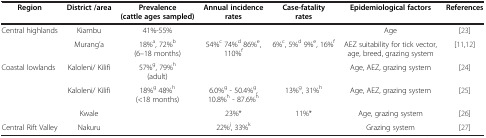
<table><thead><tr><td><b>Region</b></td><td><b>District /area</b></td><td><b>Prevalence (cattle ages sampled)</b></td><td><b>Annual incidence rates</b></td><td><b>Case-fatality rates</b></td><td><b>Epidemiological factors</b></td><td><b>References</b></td></tr></thead><tbody><tr><td>Central highlands</td><td>Kiambu</td><td>41%-55%</td><td> </td><td> </td><td>Age</td><td>[23]</td></tr><tr><td> </td><td>Murang’a</td><td>18%<sup>a</sup>, 72%<sup>b</sup> (6–18 months)</td><td>54%<sup>c</sup> 74%<sup>d</sup> 86%<sup>e</sup>, 110%<sup>f</sup></td><td>6%<sup>c</sup>, 5%<sup>d</sup> 9%<sup>e</sup>, 16%<sup>f</sup></td><td>AEZ suitability for tick vector, age, breed, grazing system</td><td>[11,12]</td></tr><tr><td>Coastal lowlands</td><td>Kaloleni/ Kilifi</td><td>57%<sup>g</sup>, 79%<sup>h</sup> (adult)</td><td> </td><td> </td><td>Age, AEZ, grazing system</td><td>[24]</td></tr><tr><td> </td><td>Kaloleni/ Kilifi</td><td>18%<sup>g</sup> 48%<sup>h</sup> (&lt;18 months)</td><td>6.0%<sup>g</sup> - 50.4%<sup>g</sup>, 10.8%<sup>h</sup> - 87.6%<sup>h</sup></td><td>13%<sup>g</sup>, 31%<sup>h</sup></td><td>Age, AEZ, grazing system</td><td>[25]</td></tr><tr><td> </td><td>Kwale</td><td> </td><td>23%*</td><td>11%*</td><td>Age, grazing system</td><td>[26]</td></tr><tr><td>Central Rift Valley</td><td>Nakuru</td><td> </td><td>22%<sup>j</sup>, 33%<sup>k</sup></td><td> </td><td>Grazing system</td><td>[27]</td></tr></tbody></table>